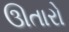
ઊતારો